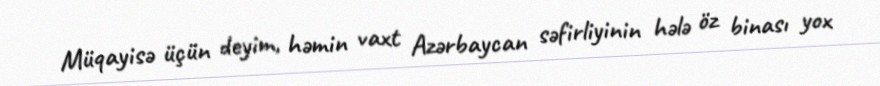
Müqayisə üçün deyim, həmin vaxt Azərbaycan səfirliyinin hələ öz binası yox